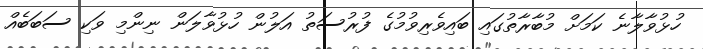
ހުޅުވާލާނެ ކަމަށް މުބާރާތުގައި ބައިވެރިވުމުގެ ފުރުސަތު އަލުން ހުޅުވާލަން ނިންމި ވަކި ސަބަބެއް